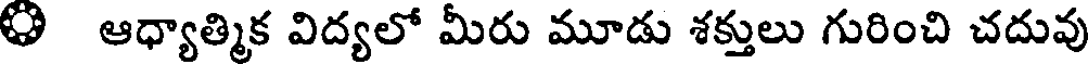
ి ఆధ్యాత్మిక విద్యలో మీరు మూడు శక్తులు గురించి చదువు